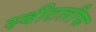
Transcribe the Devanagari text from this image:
स्वीटलीफ